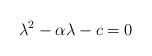
LaTeX: \begin{align*} \lambda^2-\alpha\lambda-c=0\end{align*}